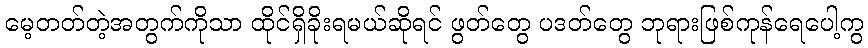
မေ့တတ်တဲ့အတွက်ကိုသာ ထိုင်ရှိခိုးရမယ်ဆိုရင် ဖွတ်တွေ ပဒတ်တွေ ဘုရားဖြစ်ကုန်ရေပေါ့ကွ